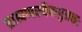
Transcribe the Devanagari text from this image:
ब्राह्मणस्यैकपुत्रकः